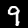
Label: 9